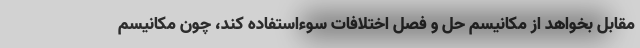
مقابل بخواهد از مکانیسم حل و فصل اختلافات سوءاستفاده کند، چون مکانیسم